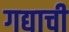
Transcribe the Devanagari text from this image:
गद्याची